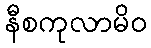
နီစကုလာမိဝ